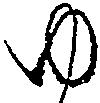
ゆ